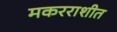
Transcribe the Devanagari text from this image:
मकरराशीत